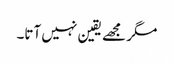
مگر مجھے یقین نہیں آتا۔